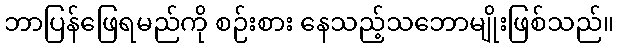
ဘာပြန်ဖြေရမည်ကို စဉ်းစား နေသည့်သဘောမျိုးဖြစ်သည်။